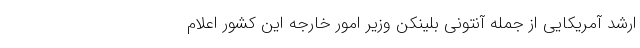
ارشد آمریکایی از جمله آنتونی بلینکن وزیر امور خارجه این کشور اعلام